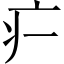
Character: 𬏚